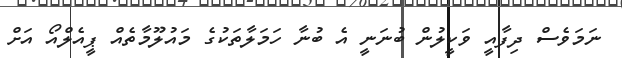
ނަމަވެސް ދިފާއީ ވަކީލުން ބުނަނީ އެ ބުނާ ހަމަލާތަކުގެ މައުލޫމާތެއް ޕީއެލްއޯ އަށް